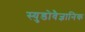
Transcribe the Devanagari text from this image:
स्युडोवैज्ञानिक